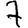
Digit: 7